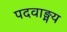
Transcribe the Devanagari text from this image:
पदवाङ्मय